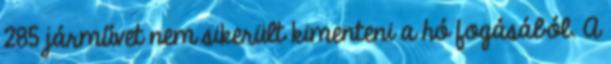
285 járművet nem sikerült kimenteni a hó fogásából. A